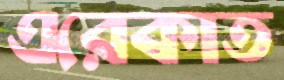
এরেকাত